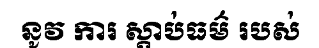
នូវ ការ ស្តាប់ធម៌ របស់